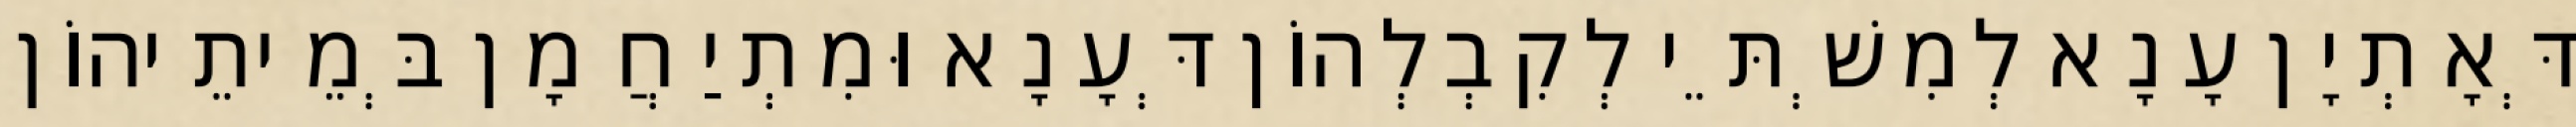
דְּאָתְיָן עָנָא לְמִשְׁתֵּי לְקִבְלְהוֹן דְּעָנָא וּמִתְיַחֲמָן בְּמֵיתֵיהוֹן